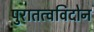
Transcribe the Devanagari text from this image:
पुरातत्वविदोन